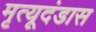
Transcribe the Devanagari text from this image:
मृत्यूदंडास